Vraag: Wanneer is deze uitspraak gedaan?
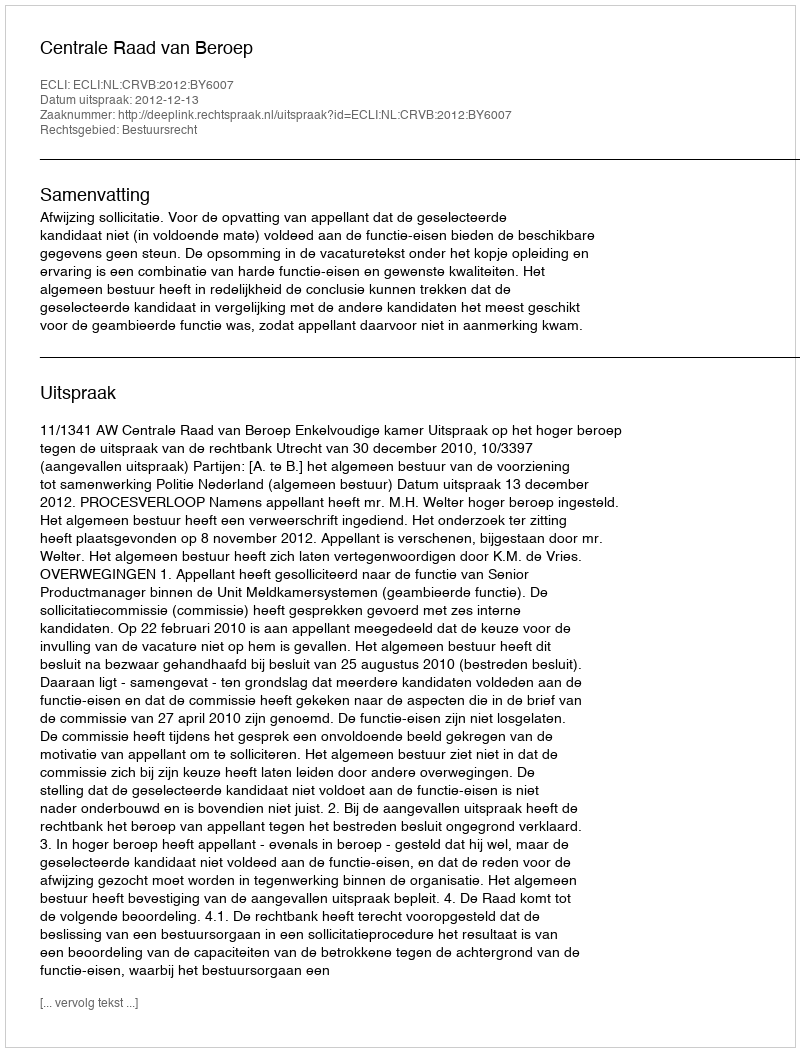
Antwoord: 2012-12-13